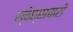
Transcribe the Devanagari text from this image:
स्वेछ्छाचारी